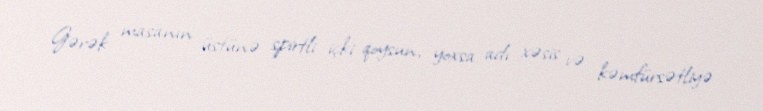
Gərək masanın üstünə spirtli içki qoysun, yoxsa adı xəsis və kəmfürsətliyə